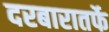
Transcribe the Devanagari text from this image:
दरबारातर्फे